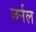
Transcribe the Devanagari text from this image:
ज़र्नल